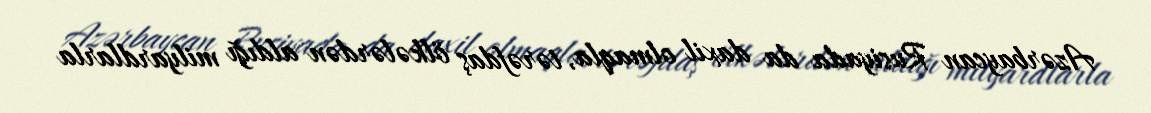
Azərbaycan Rusiyada da daxil olmaqla, tərəfdaş ölkələrdən aldığı milyardlarla